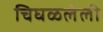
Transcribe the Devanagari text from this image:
चिघळलेली